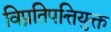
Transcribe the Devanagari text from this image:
विप्रतिपत्तियुक्त